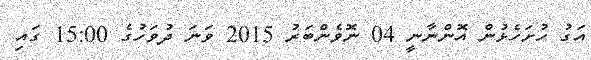
އަގު ހުށަހެޅުން އޮންނާނީ 04 ނޮވެންބަރު 2015 ވަނަ ދުވަހުގެ 15:00 ގައި